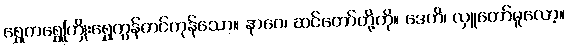
ရွှေကရွှေကြိုးရွှေကွန်တင်ကုန်သော။ နာဂေ၊ ဆင်တော်တို့ကို။ ဒေဟိ၊ လှူတော်မူလော့။